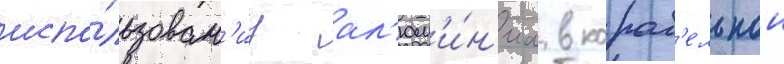
испо́льзован'иу ал'юм'и́н'иа в кораб'ельнои